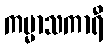
ကမ္မာသကာရီ